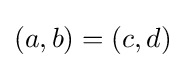
(a,b)=(c,d)